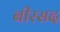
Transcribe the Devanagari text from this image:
बीरसद